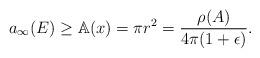
LaTeX: \begin{align*}a_{\infty}(E) \geq \mathbb{A}(x) = \pi r^2 = \frac{\rho(A)}{4\pi(1+\epsilon)}.\end{align*}